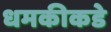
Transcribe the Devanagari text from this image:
धमकीकडे